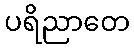
ပရိညာတေ